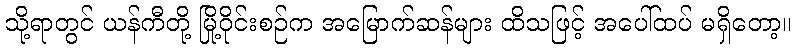
သို့ရာတွင် ယန်ကီတို့ မြို့ဝိုင်းစဉ်က အမြောက်ဆန်များ ထိသဖြင့် အပေါ်ထပ် မရှိတော့။